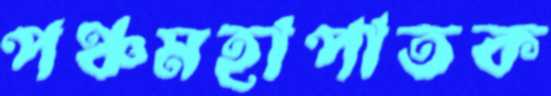
পঞ্চমহাপাতক